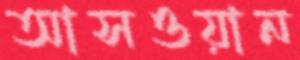
আসওয়ান